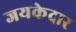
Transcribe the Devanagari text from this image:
जयकेदार